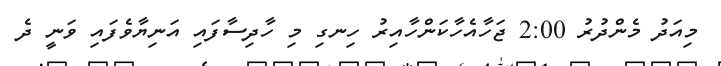
މިއަދު މެންދުރު 2:00 ޖަހާއެހާކަންހާއިރު ހިނގި މި ހާދިސާފައި އަނިޔާވެފައި ވަނީ ދެ